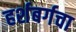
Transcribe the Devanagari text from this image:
हर्शबर्गचा